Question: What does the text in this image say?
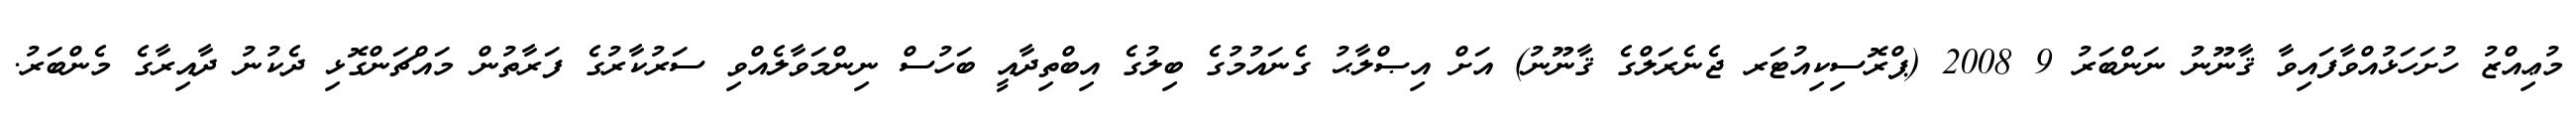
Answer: މުޢިއްޒު ހުށަހަޅުއްވާފައިވާ ޤާނޫނު ނަންބަރު 9 2008 (ޕްރޮސިކިއުޓަރ ޖެނެރަލްގެ ޤާނޫނު) އަށް އިޞްލާޙު ގެނައުމުގެ ބިލުގެ އިބްތިދާއީ ބަހުސް ނިންމަވާލެއްވި ސަރުކާރުގެ ފަރާތުން މައްޗަންގޮޅި ދެކުނު ދާއިރާގެ މެންބަރު.